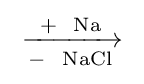
{{}\mathrel {\xrightarrow[{{}-{}{\text{ }}~\mathrm {NaCl} }]{{\text{+ }}~\mathrm {Na} }} {}}